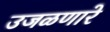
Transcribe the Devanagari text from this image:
उजळणारे